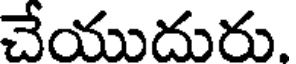
చేయుదురు.